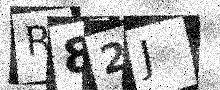
Text: R82J